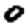
Digit: 0